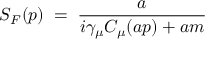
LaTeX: S _ { F } ( p ) \; = \; \frac { a } { i \gamma _ { \mu } C _ { \mu } ( a p ) + a m }